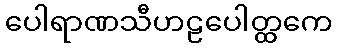
ပေါရာဏသီဟဠပေါတ္ထကေ